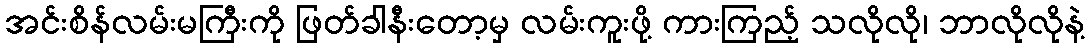
အင်းစိန်လမ်းမကြီးကို ဖြတ်ခါနီးတော့မှ လမ်းကူးဖို့ ကားကြည့် သလိုလို၊ ဘာလိုလိုနဲ့